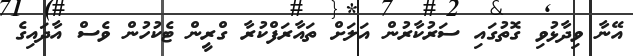
އޭނާ ވިދާޅުވި ގޮތުގައި ސަރުކާރުން އަލަށް ތައާރަފްކުރާ ގްރީން ޓެކުހުން ވެސް އާދައިގެ